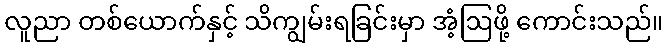
လူညာ တစ်ယောက်နှင့် သိကျွမ်းရခြင်းမှာ အံ့ဩဖို့ ကောင်းသည်။